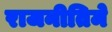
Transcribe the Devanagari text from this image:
राजनीतिमे